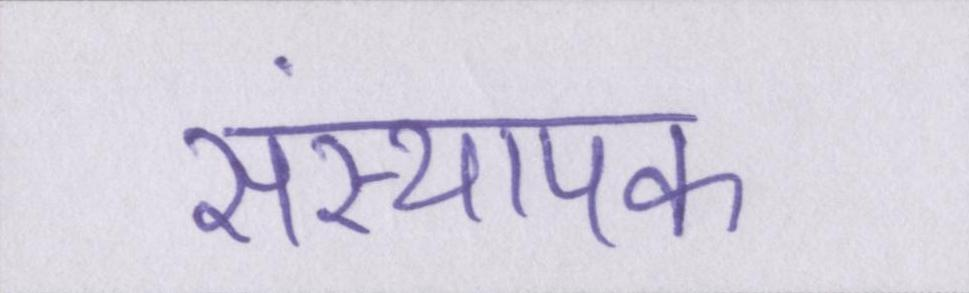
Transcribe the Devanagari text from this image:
संस्थापक